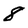
Character: 8